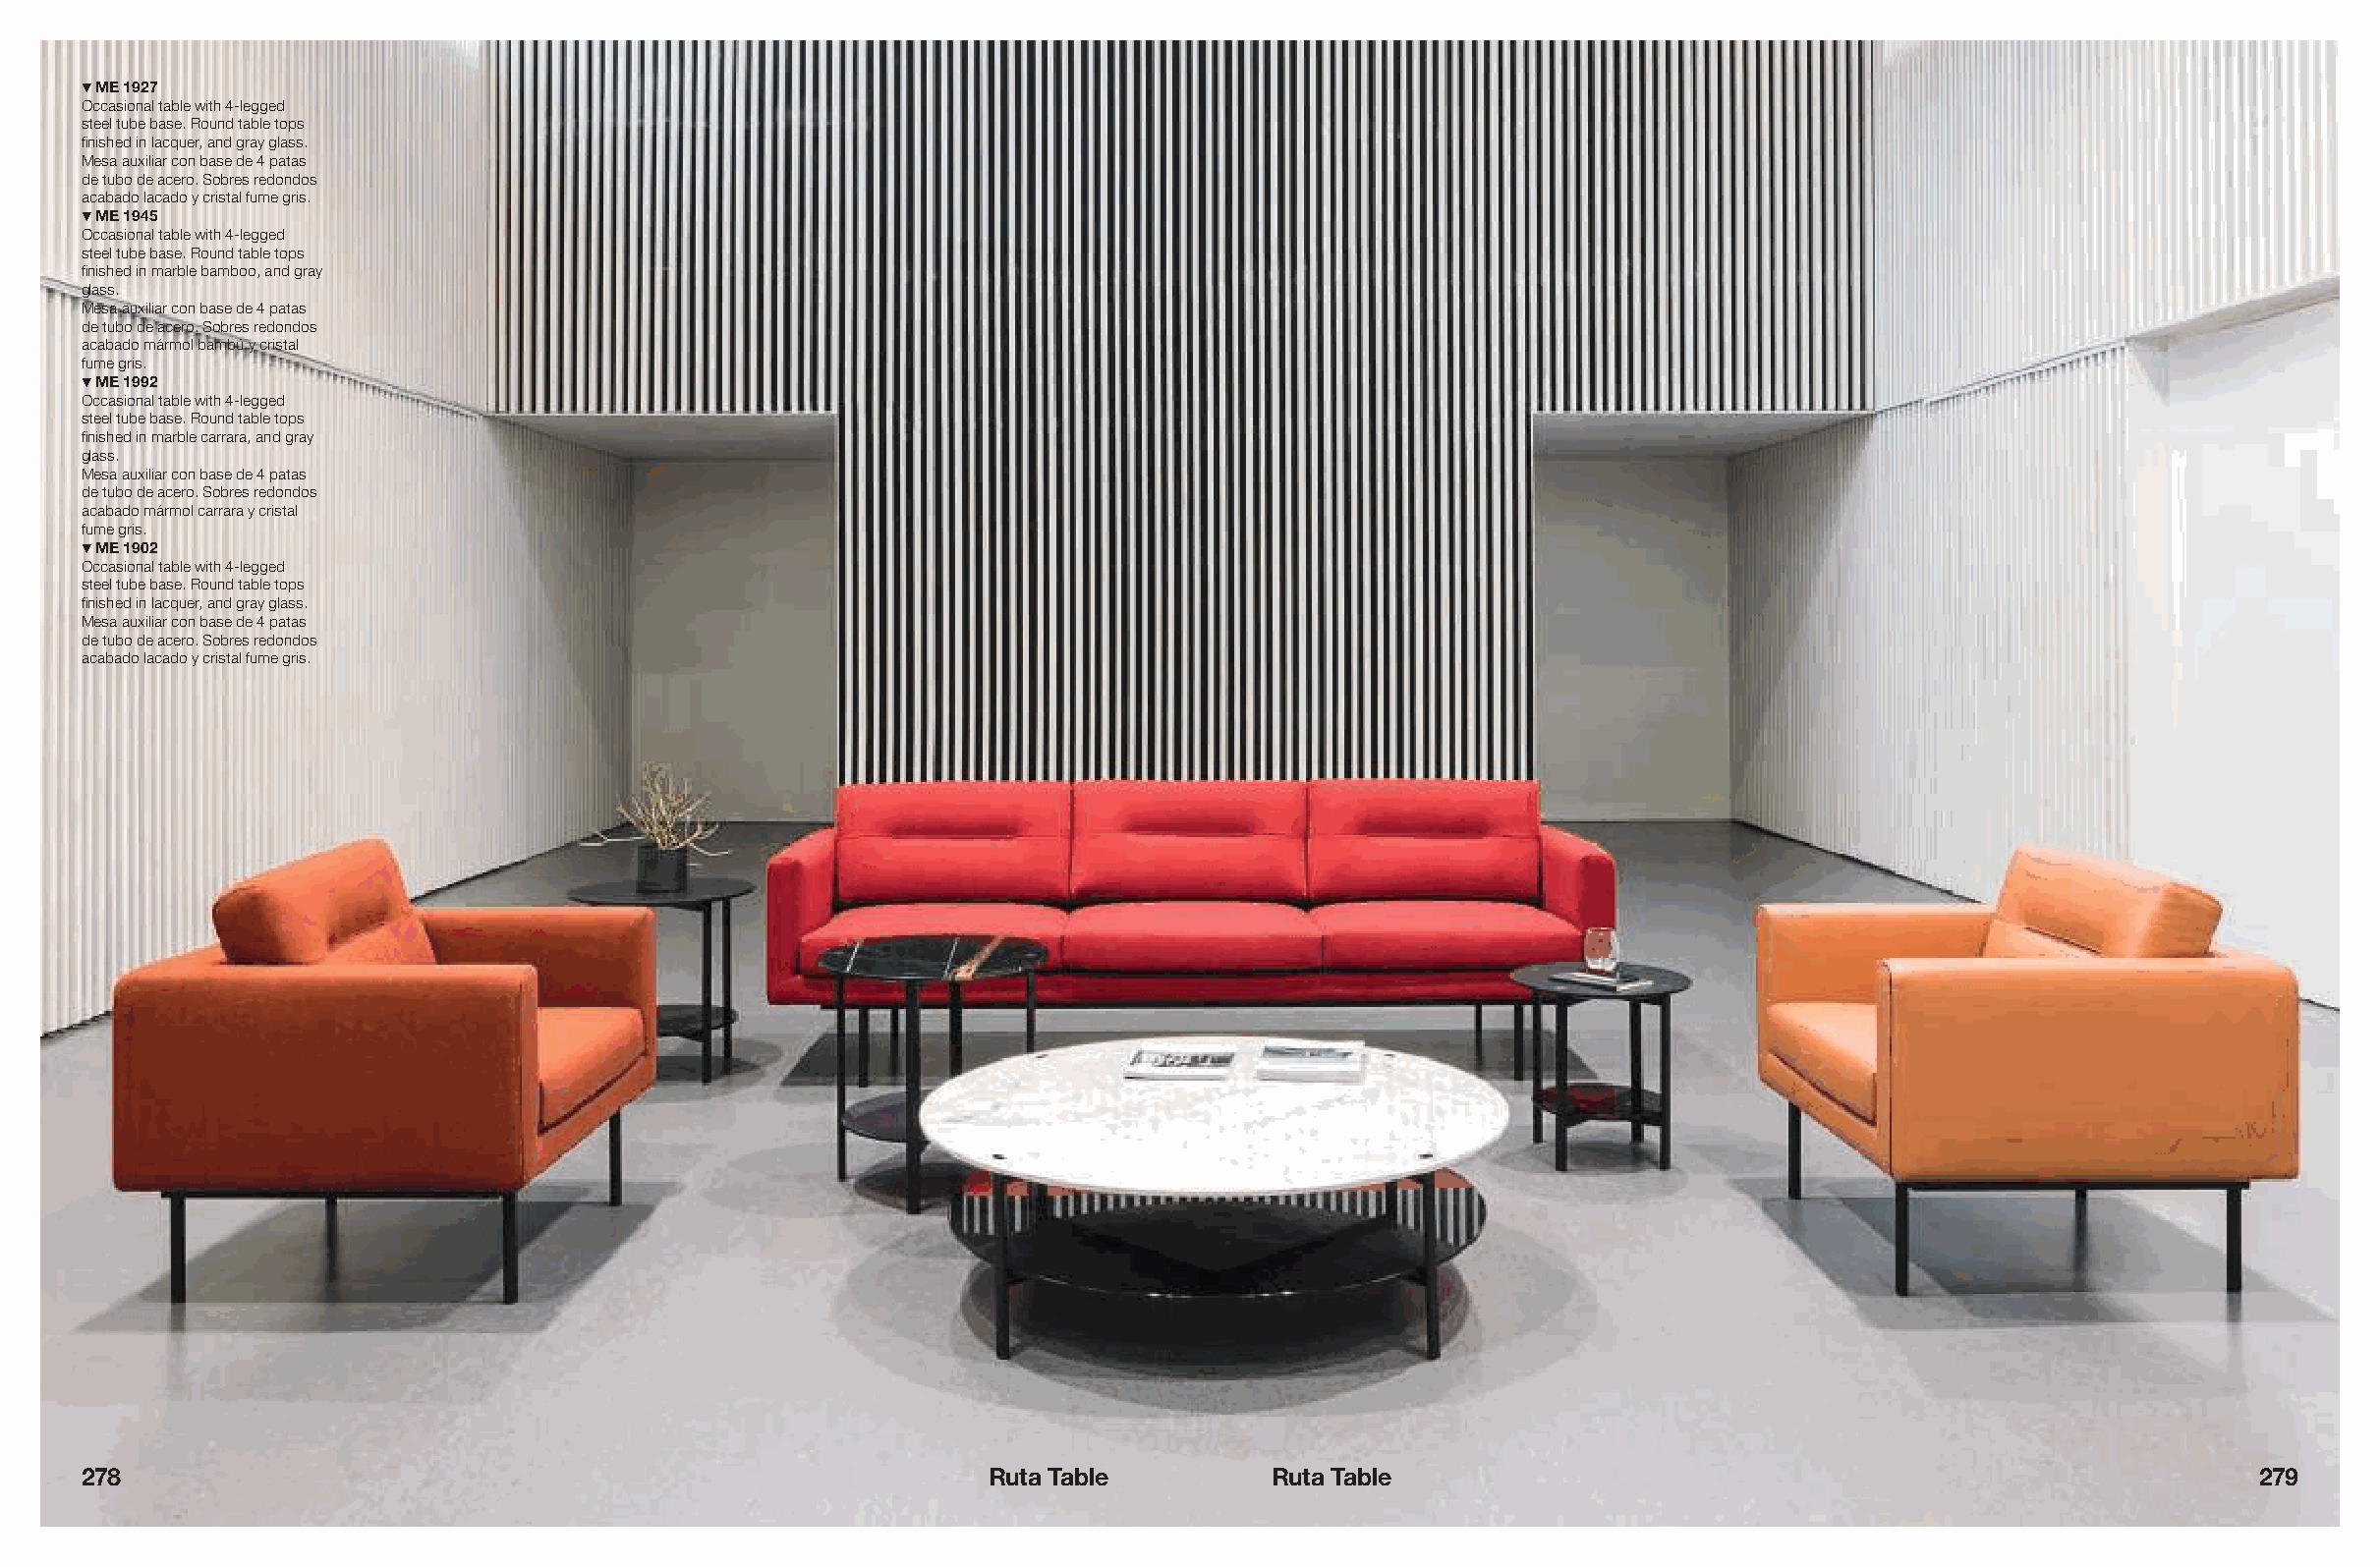
! ME 1927
 Occasional table with 4-legged
 steel tube base. Round table tops
 finished in lacquer, and gray glass.
 Mesa auxiliar con base de 4 patas
 de tubo de acero. Sobres redondos
 acabado lacado y cristal fume gris.
 ! ME 1945
 Occasional table with 4-legged
 steel tube base. Round table tops
 finished in marble bamboo, and gray
 glass.
 Mesa auxiliar con base de 4 patas
 de tubo de acero. Sobres redondos
 acabado mármol bambú y cristal
 fume gris.
 ! ME 1992
 Occasional table with 4-legged
 steel tube base. Round table tops
 finished in marble carrara, and gray
 glass.
 Mesa auxiliar con base de 4 patas
 de tubo de acero. Sobres redondos
 acabado mármol carrara y cristal
 fume gris.
 ! ME 1902
 Occasional table with 4-legged
 steel tube base. Round table tops
 finished in lacquer, and gray glass.
 Mesa auxiliar con base de 4 patas
 de tubo de acero. Sobres redondos
 acabado lacado y cristal fume gris.
 278                                                           Ruta Table         Ruta Table                                                        279